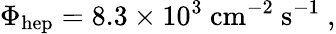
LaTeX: \Phi_{\mathrm{hep}}=8.3\times 10^{3}\mathrm{\ cm}^{-2}\mathrm{\ s}^{-1}\ ,